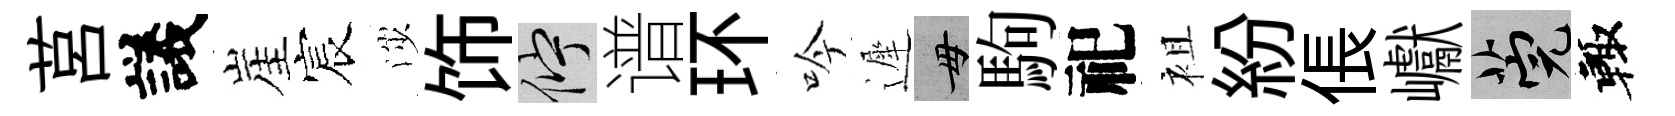
莒議崖宸渉饰伫谱环吟遲毋駒祀袓紛倀巘筦輙